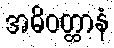
အဓိဝတ္ထာနံ